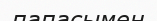
папасымен